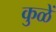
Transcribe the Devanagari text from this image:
कुळें